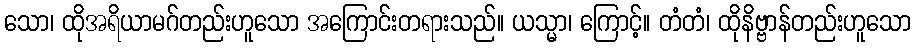
သော၊ ထိုအရိယာမဂ်တည်းဟူသော အကြောင်းတရားသည်။ ယသ္မာ၊ ကြောင့်။ တံတံ၊ ထိုနိဗ္ဗာန်တည်းဟူသော